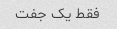
فقط یک جفت